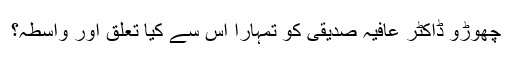
چھوڑو ڈاکٹر عافیہ صدیقی کو تمہارا اس سے کیا تعلق اور واسطہ؟